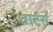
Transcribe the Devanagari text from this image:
चार्टर्स